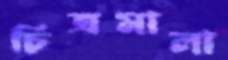
চিত্রমালা